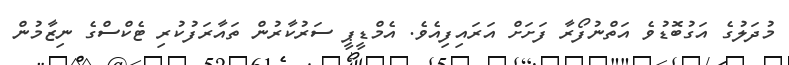
މުދަލުގެ އަގުބޮޑުވެ އަތްނުފޯރާ ފަށަށް އަރައިފިއެވެ. އެމްޑީޕީ ސަރުކާރުން ތައާރަފުކުރި ޓެކްސްގެ ނިޒާމުން